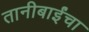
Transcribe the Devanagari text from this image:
तानीबाईंचा